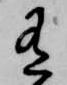
有